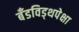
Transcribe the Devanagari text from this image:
बँडविड्थपेक्षा